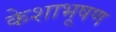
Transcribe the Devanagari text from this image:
केशाभूषण